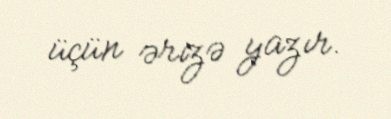
üçün ərizə yazır.